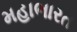
મહાભારત